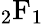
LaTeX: {}_{2}\mathrm{F}_{1}